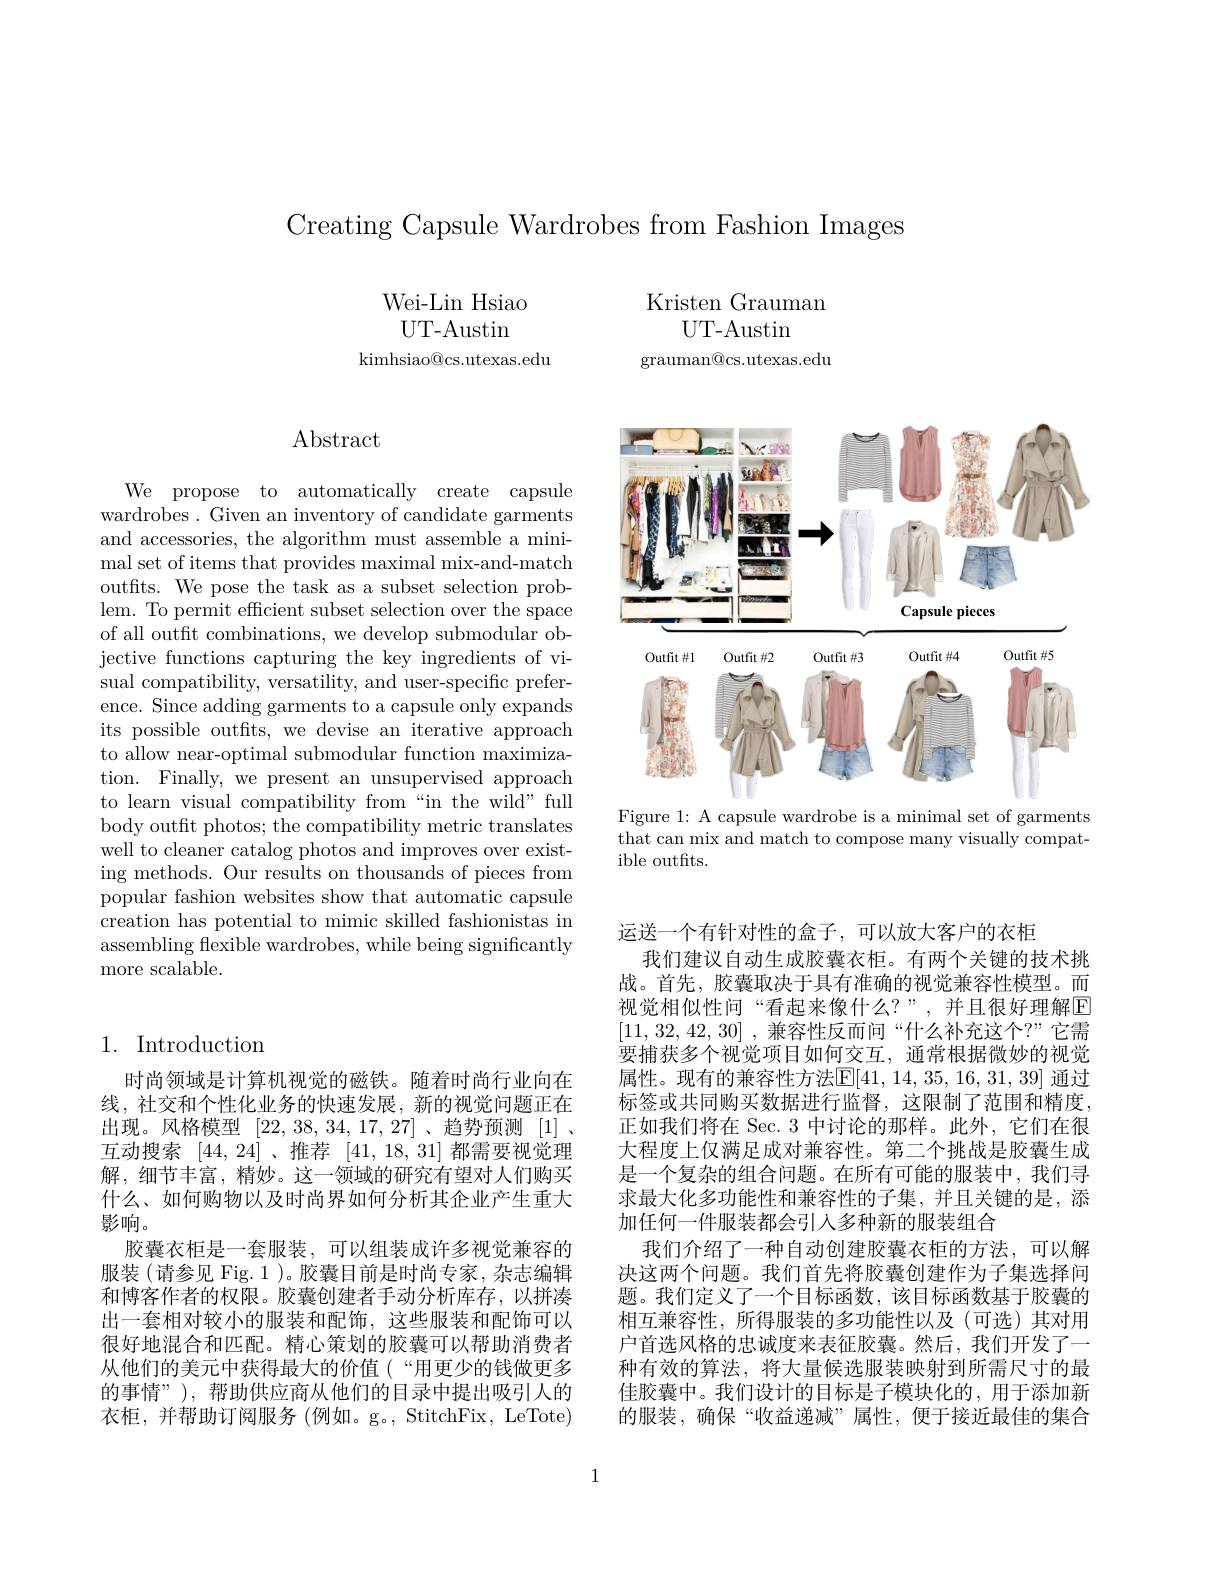
Creating Capsule Wardrobes from Fashion Images

Wei-Lin Hsiao UT-Austin
kimhsiao@cs.utexas.edu

## Abstract

We propose to automatically create capsule wardrobes. Given an inventory of candidate garments and accessories, the algorithm must assemble a minimal set of items that provides maximal mix-and-match outfits. We pose the task as a subset selection problem. To permit effcient subset selection over the space of all outft combinations, we develop submodular objective functions capturing the key ingredients of visual compatibility, versatility, and user-specific preference. Since adding garments to a capsule only expands its possible outfts, we devise an iterative approach to allow near-optimal submodular function maximization. Finally, we present an unsupervised approach to learn visual compatibility from “in the wild” full body outft photos; the compatibility metric translates well to cleaner catalog photos and improves over existing methods. Our results on thousands of pieces from popular fashion websites show that automatic capsule creation has potential to mimic skilled fashionistas in assembling flexible wardrobes, while being significantly more scalable.

## 1. Introduction

时尚领域是计算机视觉的磁铁。随着时尚行业向在线，社交和个性化业务的快速发展，新的视觉问题正在出现。风格模型[22,38,34,17,27]、趋势预测[1] 、 互动搜索[44,24] 、推荐[41,18,31]都需要视觉理解，细节丰富，精妙。这一领域的研究有望对人们购买什么、如何购物以及时尚界如何分析其企业产生重大影响。
胶囊衣柜是一套服装，可以组装成许多视觉兼容的服装(请参见 Fig.1)。胶囊目前是时尚专家，杂志编辑和博客作者的权限。胶囊创建者手动分析库存，以拼凑出一套相对较小的服装和配饰，这些服装和配饰可以很好地混合和匹配。精心策划的胶囊可以帮助消费者从他们的美元中获得最大的价值(“用更少的钱做更多的事情”), 帮助供应商从他们的目录中提出吸引人的衣柜，并帮助订阅服务(例如。g。,StitchFix,LeTote)

Kristen Grauman
UT-Austin
grauman@cs.utexas.edu

<FigureHere>

Figure 1: A capsule wardrobe is a minimal set of garments that can mix and match to compose many visually compatible outfts.

运送一个有针对性的盒子，可以放大客户的衣柜
我们建议自动生成胶囊衣柜。有两个关键的技术挑战。首先，胶囊取决于具有准确的视觉兼容性模型。而视觉相似性问“看起来像什么？”,并且很好理解$\boxed{\mathrm{F}}$ [11,32,42,30] ,兼容性反而问“什么补充这个？”它需要捕获多个视觉项目如何交互，通常根据微妙的视觉属性。现有的兼容性方法$\overline {E}$[ 41, 14, 35, 16, 31, 39] 通过标签或共同购买数据进行监督，这限制了范围和精度正如我们将在 Sec. 3 中讨论的那样。此外，它们在很大程度上仅满足成对兼容性。第二个挑战是胶囊生成是一个复杂的组合问题。在所有可能的服装中，我们寻求最大化多功能性和兼容性的子集，并且关键的是，添加任何一件服装都会引人多种新的服装组合
我们介绍了一种自动创建胶囊衣柜的方法，可以解决这两个问题。我们首先将胶囊创建作为子集选择问题。我们定义了一个目标函数，该目标函数基于胶囊的相互兼容性，所得服装的多功能性以及(可选)其对用户首选风格的忠诚度来表征胶囊。然后，我们开发了一种有效的算法，将大量候选服装映射到所需尺寸的最佳胶囊中。我们设计的目标是子模块化的，用于添加新的服装，确保“收益递减”属性，便于接近最佳的集合

1